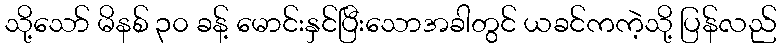
သို့သော် မိနစ် ၃၀ ခန့် မောင်းနှင်ပြီးသောအခါတွင် ယခင်ကကဲ့သို့ ပြန်လည်